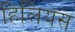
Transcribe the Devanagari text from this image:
हिलियस